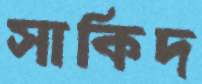
সাকিদ